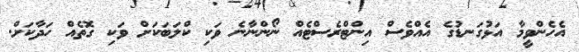
އެހެންވީމާ އަޅުގަނޑުގެ އެއްވެސް އިންޓްރެސްޓެއް ނޯންނާނެ ވަކި ކްލަބަކަށް ވަކި ގޮތެއް ހަދާކަށް.